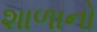
શાળાનો